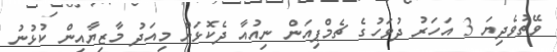
ވޭތުވެދިޔަ 3 އަހަރު ދުވަހުގެ ޗެމްޕިއަން ނިއުއާ ދެކޮޅަށް މިއަދު މާޒިޔާއިން ކުޅުނު